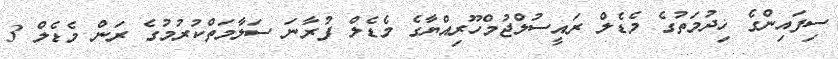
ސިފައިންގެ ޚިދުމަތުގެ މެޑެލް ރައީސުލްޖުމްހޫރިއްޔާގެ މެޑެލް ފުރާނަ ސަލާމަތްކުރުމުގެ ރަން މެޑެލް 3